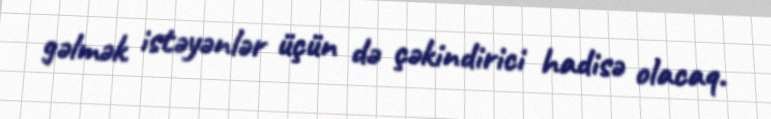
gəlmək istəyənlər üçün də çəkindirici hadisə olacaq.